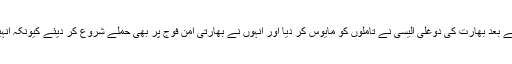
ٹائیگرز کو ٹریننگ اور اسلحہ دینے کے بعد بھارت کی دوغلی الیسی نے تاملوں کو مایوس کر دیا اور انہوں نے بھارتی امن فوج پر بھی حملے شروع کر دیئے کیونکہ انہیں بھارت نے ہی دہشتگردی پر بھارا ۔